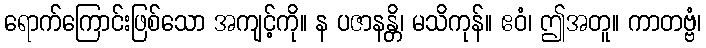
ရောက်ကြောင်းဖြစ်သော အကျင့်ကို။ န ပဇာနန္တိ၊ မသိကုန်။ ဧဝံ၊ ဤအတူ။ ကာတဗ္ဗံ၊